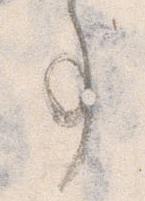
事